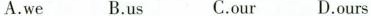
A.we B.us C.our D.ours